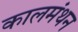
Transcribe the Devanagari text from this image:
कालमंथन